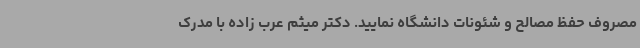
مصروف حفظ مصالح و شئونات دانشگاه نمایید. دکتر میثم عرب زاده با مدرک